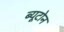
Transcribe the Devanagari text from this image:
ब्यूटोन